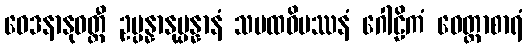
ဝေဒနာနုဝတ္တီ ဥပ္ပန္နာနုပ္ပန္နာနံ သမထဝိပဿနံ ဂေါဠိကံ ဝေတ္တာစာရံ